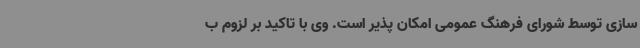
سازی توسط شورای فرهنگ عمومی امکان پذیر است. وی با تاکید بر لزوم ب